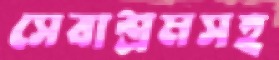
সেবাশ্রমসহ